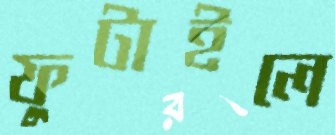
ফুটাইলে